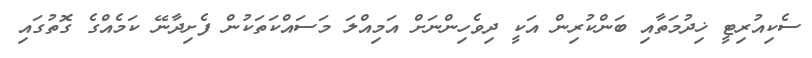
ސެކިއުރިޓީ ޚިދުމަތާއި ބަންކުރިން އަކީ ދިވެހިންނަށް އަމިއްލަ މަސައްކަތަކުން ފެށިދާނޭ ކަމެއްގެ ގޮތުގައި